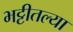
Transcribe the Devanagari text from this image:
भट्टीतल्या